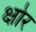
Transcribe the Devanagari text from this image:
क्षोर